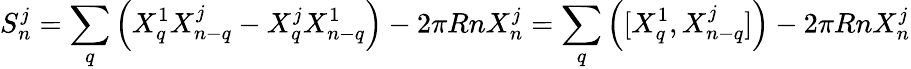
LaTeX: S_{n}^{j}=\sum_{q}\left(X_{q}^{1}X_{n-q}^{j}-X_{q}^{j}X_{n-q}^{1}\right)-2\pi RnX_{n}^{j}=\sum_{q}\left([X_{q}^{1},X_{n-q}^{j}]\right)-2\pi RnX_{n}^{j}